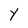
Character: Y